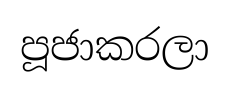
පූජාකරලා